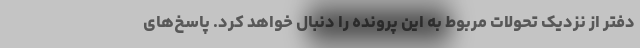
دفتر از نزدیک تحولات مربوط به این پرونده را دنبال خواهد کرد. پاسخ‌های